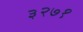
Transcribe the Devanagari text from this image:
३२७१